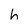
Character: h